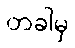
တခါမှ